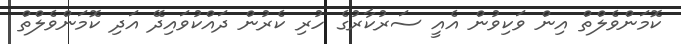
ކޮމަންވެލްތް އިން ވަކިވުން އެއީ ސަރުކާރުގެ ހުރި ކެރުން ދައްކުވައިދޭ އަދި ކޮމަންވެލްތް